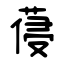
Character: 葠